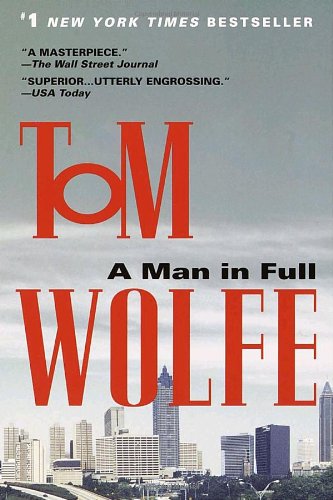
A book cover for A Man in Full; Tom Wolfe; Mystery, Thriller & Suspense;